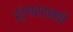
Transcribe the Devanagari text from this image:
शृंगाररसाचे